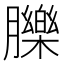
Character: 䑈